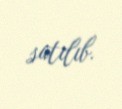
satılıb.